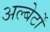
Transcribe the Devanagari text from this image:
अल्बेर्टों